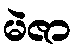
မဲဇာ